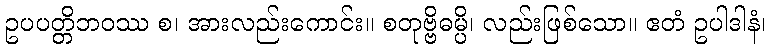
ဥပပတ္တိဘဝဿ စ၊ အားလည်းကောင်း။ စတုဗ္ဗိဓမ္ပိ၊ လည်းဖြစ်သော။ ဧတံ ဥပါဒါနံ၊